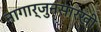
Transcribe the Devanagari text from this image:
नागार्जुनसारखी